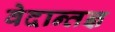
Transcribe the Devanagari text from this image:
वेदान्तज्ञ